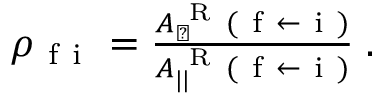
\begin{array} { r } { \rho _ { \mathrm { ~ f ~ i ~ } } = \frac { A _ { \perp } ^ { \mathrm { ~ R ~ } } ( \mathrm { ~ f ~ } \leftarrow \mathrm { ~ i ~ } ) } { A _ { | | } ^ { \mathrm { ~ R ~ } } ( \mathrm { ~ f ~ } \leftarrow \mathrm { ~ i ~ } ) } \; . } \end{array}